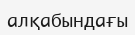
алқабындағы